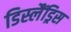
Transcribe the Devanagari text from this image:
डिस्लैंड्रिस